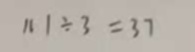
1 1 1 \div 3 = 3 7